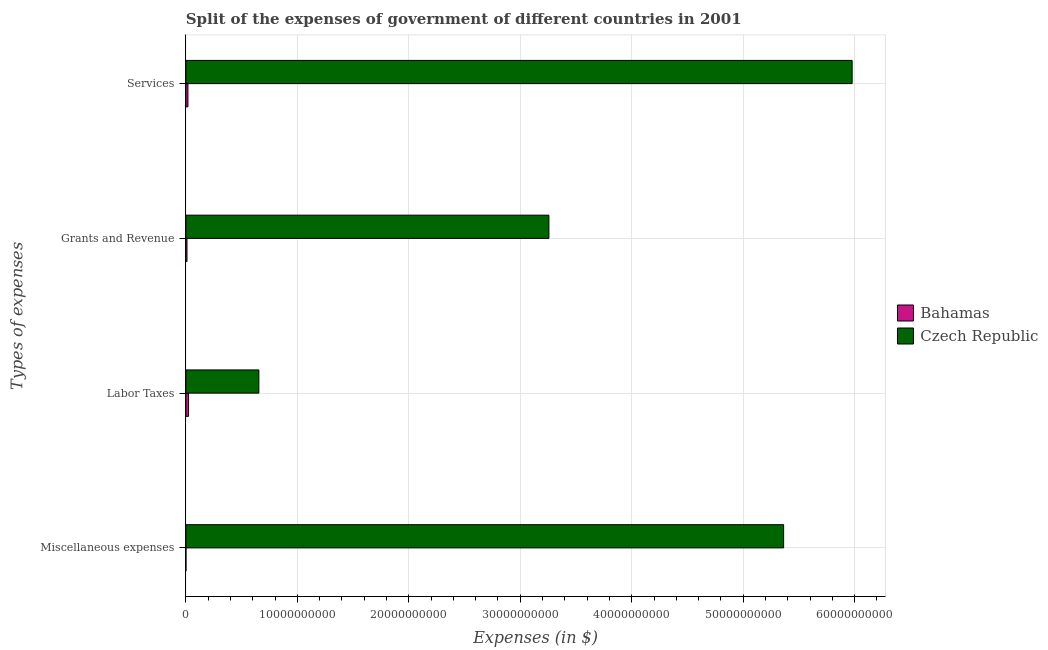
| Types of expenses | Bahamas | Czech Republic |
 | --- | --- | --- |
 | Miscellaneous expenses | 3.2e+06 | 5.36e+10 |
 | Labor Taxes | 2.4e+08 | 6.55e+09 |
 | Grants and Revenue | 9.94e+07 | 3.26e+10 |
 | Services | 1.85e+08 | 5.98e+10 |